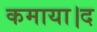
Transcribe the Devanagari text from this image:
कमाया।द